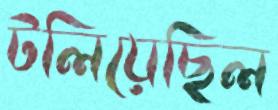
টলিয়েছিল